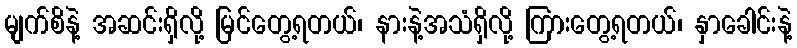
မျက်စိနဲ့ အဆင်းရှိလို့ မြင်တွေ့ရတယ်၊ နားနဲ့အသံရှိလို့ ကြားတွေ့ရတယ်၊ နှာခေါင်းနဲ့